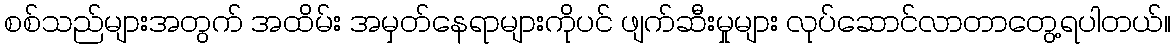
စစ်သည်များအတွက် အထိမ်း အမှတ်နေရာများကိုပင် ဖျက်ဆီးမှုများ လုပ်ဆောင်လာတာတွေ့ရပါတယ်။